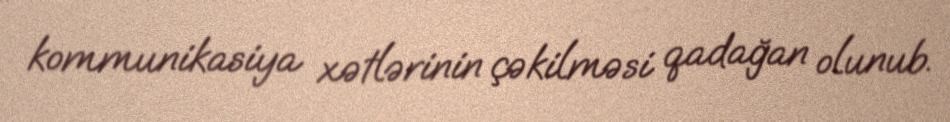
kommunikasiya xətlərinin çəkilməsi qadağan olunub.